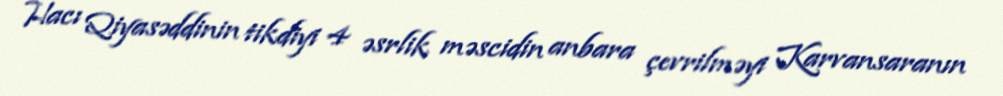
Hacı Qiyasəddinin tikdiyi 4 əsrlik məscidin anbara çevrilməyi Karvansaranın